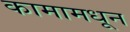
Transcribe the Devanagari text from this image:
कामामधून